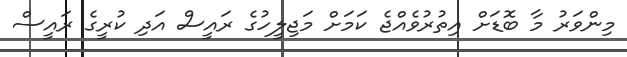
މިންވަރު މާ ބޮޑަށް އިތުރުވެއްޖެ ކަމަށް މަޖިލީހުގެ ރައީސް އަދި ކުރީގެ ރައީސް